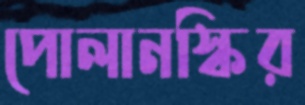
পোলানস্কির